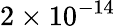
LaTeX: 2\times 10^{-14}